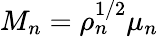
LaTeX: M_{n}=\rho_{n}^{1/2}\mu_{n}